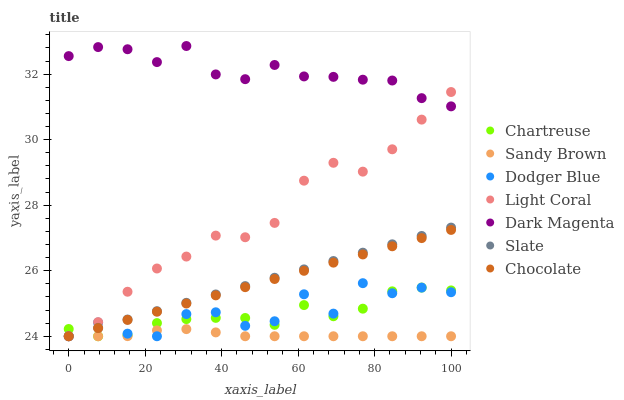
| xaxis_label | Chartreuse | Sandy Brown | Dodger Blue | Light Coral | Dark Magenta | Slate | Chocolate |
 | --- | --- | --- | --- | --- | --- | --- | --- |
 | 0 | 24.2 | 24 | 24 | 24 | 32.6 | 24 | 24 |
 | 7.69 | 24 | 24 | 24.4 | 24.4 | 32.8 | 24.3 | 24.2 |
 | 15.4 | 24 | 24 | 24.1 | 25.4 | 32.8 | 24.5 | 24.5 |
 | 23.1 | 24.4 | 24.2 | 24 | 26.1 | 32.4 | 24.8 | 24.7 |
 | 30.8 | 24.5 | 24.2 | 24.7 | 26.4 | 32.9 | 25 | 25 |
 | 38.5 | 24.6 | 24.1 | 24.7 | 27.1 | 32 | 25.3 | 25.2 |
 | 46.2 | 24.6 | 24 | 24.3 | 27 | 31.8 | 25.5 | 25.5 |
 | 53.8 | 24.3 | 24 | 24.5 | 27.5 | 32.3 | 25.8 | 25.7 |
 | 61.5 | 25 | 24 | 25.3 | 28.7 | 31.9 | 26 | 26 |
 | 69.2 | 24.6 | 24 | 24.7 | 29.3 | 31.9 | 26.3 | 26.2 |
 | 76.9 | 24.8 | 24 | 25.6 | 29 | 31.8 | 26.6 | 26.5 |
 | 84.6 | 25.4 | 24 | 25.3 | 29.7 | 31.8 | 26.8 | 26.7 |
 | 92.3 | 25.5 | 24 | 25.5 | 30.6 | 31.3 | 27.1 | 27 |
 | 100 | 25.4 | 24 | 25.3 | 31.5 | 31 | 27.3 | 27.2 |